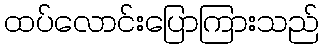
ထပ်လောင်းပြောကြားသည်